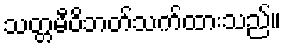
သတ္တမီဝိဘတ်သက်ထားသည်။